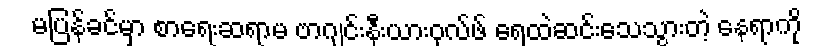
မပြန်ခင်မှာ စာရေးဆရာမ ဗာဂျင်းနီးယားဝုလ်ဖ် ရေထဲဆင်းသေသွားတဲ့ နေရာကို